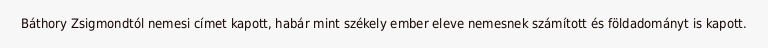
Báthory Zsigmondtól nemesi címet kapott, habár mint székely ember eleve nemesnek számított és földadományt is kapott.